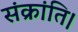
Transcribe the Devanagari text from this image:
संक्रांति।